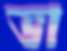
ভা